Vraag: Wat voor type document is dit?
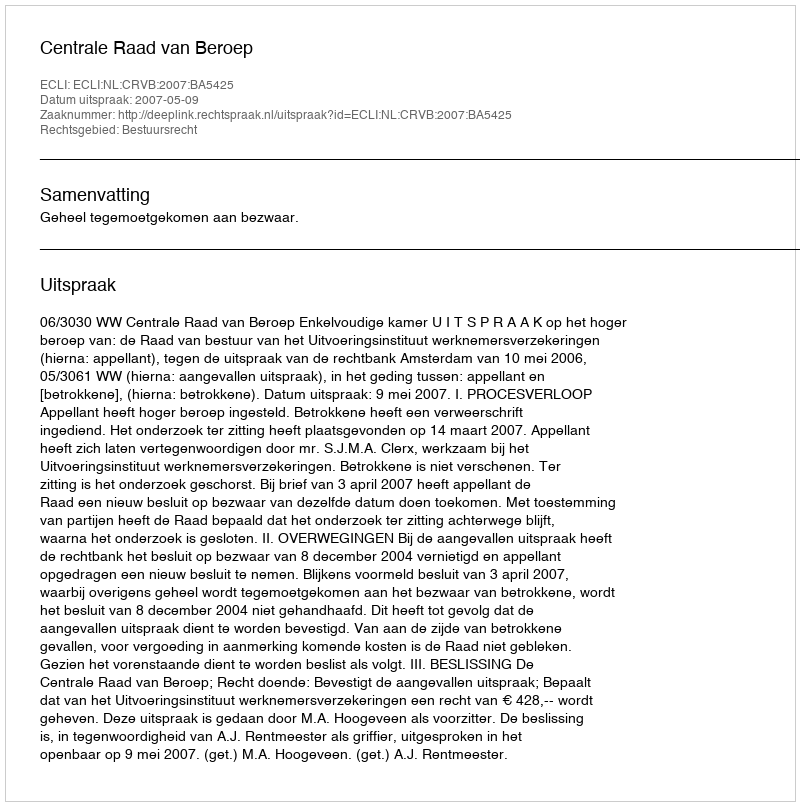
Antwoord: Uitspraak